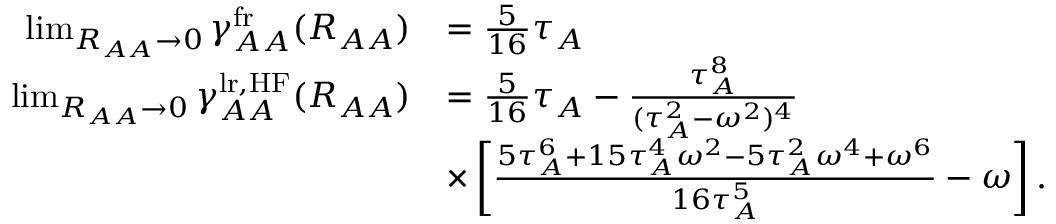
\begin{array} { r l } { \operatorname* { l i m } _ { R _ { A A } \to 0 } \gamma _ { A A } ^ { \mathrm { f r } } ( R _ { A A } ) } & { = \frac { 5 } { 1 6 } \tau _ { A } } \\ { \operatorname* { l i m } _ { R _ { A A } \to 0 } \gamma _ { A A } ^ { \mathrm { l r , H F } } ( R _ { A A } ) } & { = \frac { 5 } { 1 6 } \tau _ { A } - \frac { \tau _ { A } ^ { 8 } } { ( \tau _ { A } ^ { 2 } - \omega ^ { 2 } ) ^ { 4 } } } \\ & { \times \left[ \frac { 5 \tau _ { A } ^ { 6 } + 1 5 \tau _ { A } ^ { 4 } \omega ^ { 2 } - 5 \tau _ { A } ^ { 2 } \omega ^ { 4 } + \omega ^ { 6 } } { 1 6 \tau _ { A } ^ { 5 } } - \omega \right] . } \end{array}